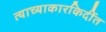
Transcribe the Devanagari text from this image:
त्याच्याकारकिर्दीत